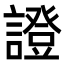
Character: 證